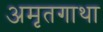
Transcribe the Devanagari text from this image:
अमृतगाथा